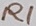
Text: R1